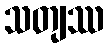
သတျဿ